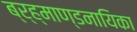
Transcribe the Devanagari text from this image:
ब्र्ह्माण्डनायिका